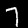
Label: 7